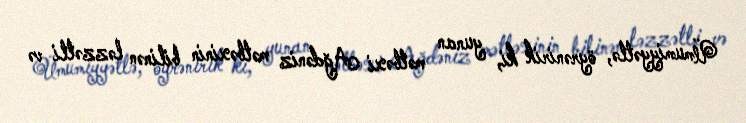
Ümumiyyətlə, öyrənirik ki, yunan mətbəxi Ağdəniz mətbəxinin bilinən ləzzətli və